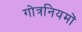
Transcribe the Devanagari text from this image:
गोत्रनियमों